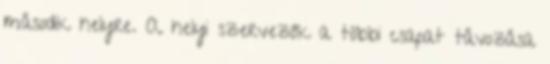
második helyre. A helyi szervezők a többi csapat távozása